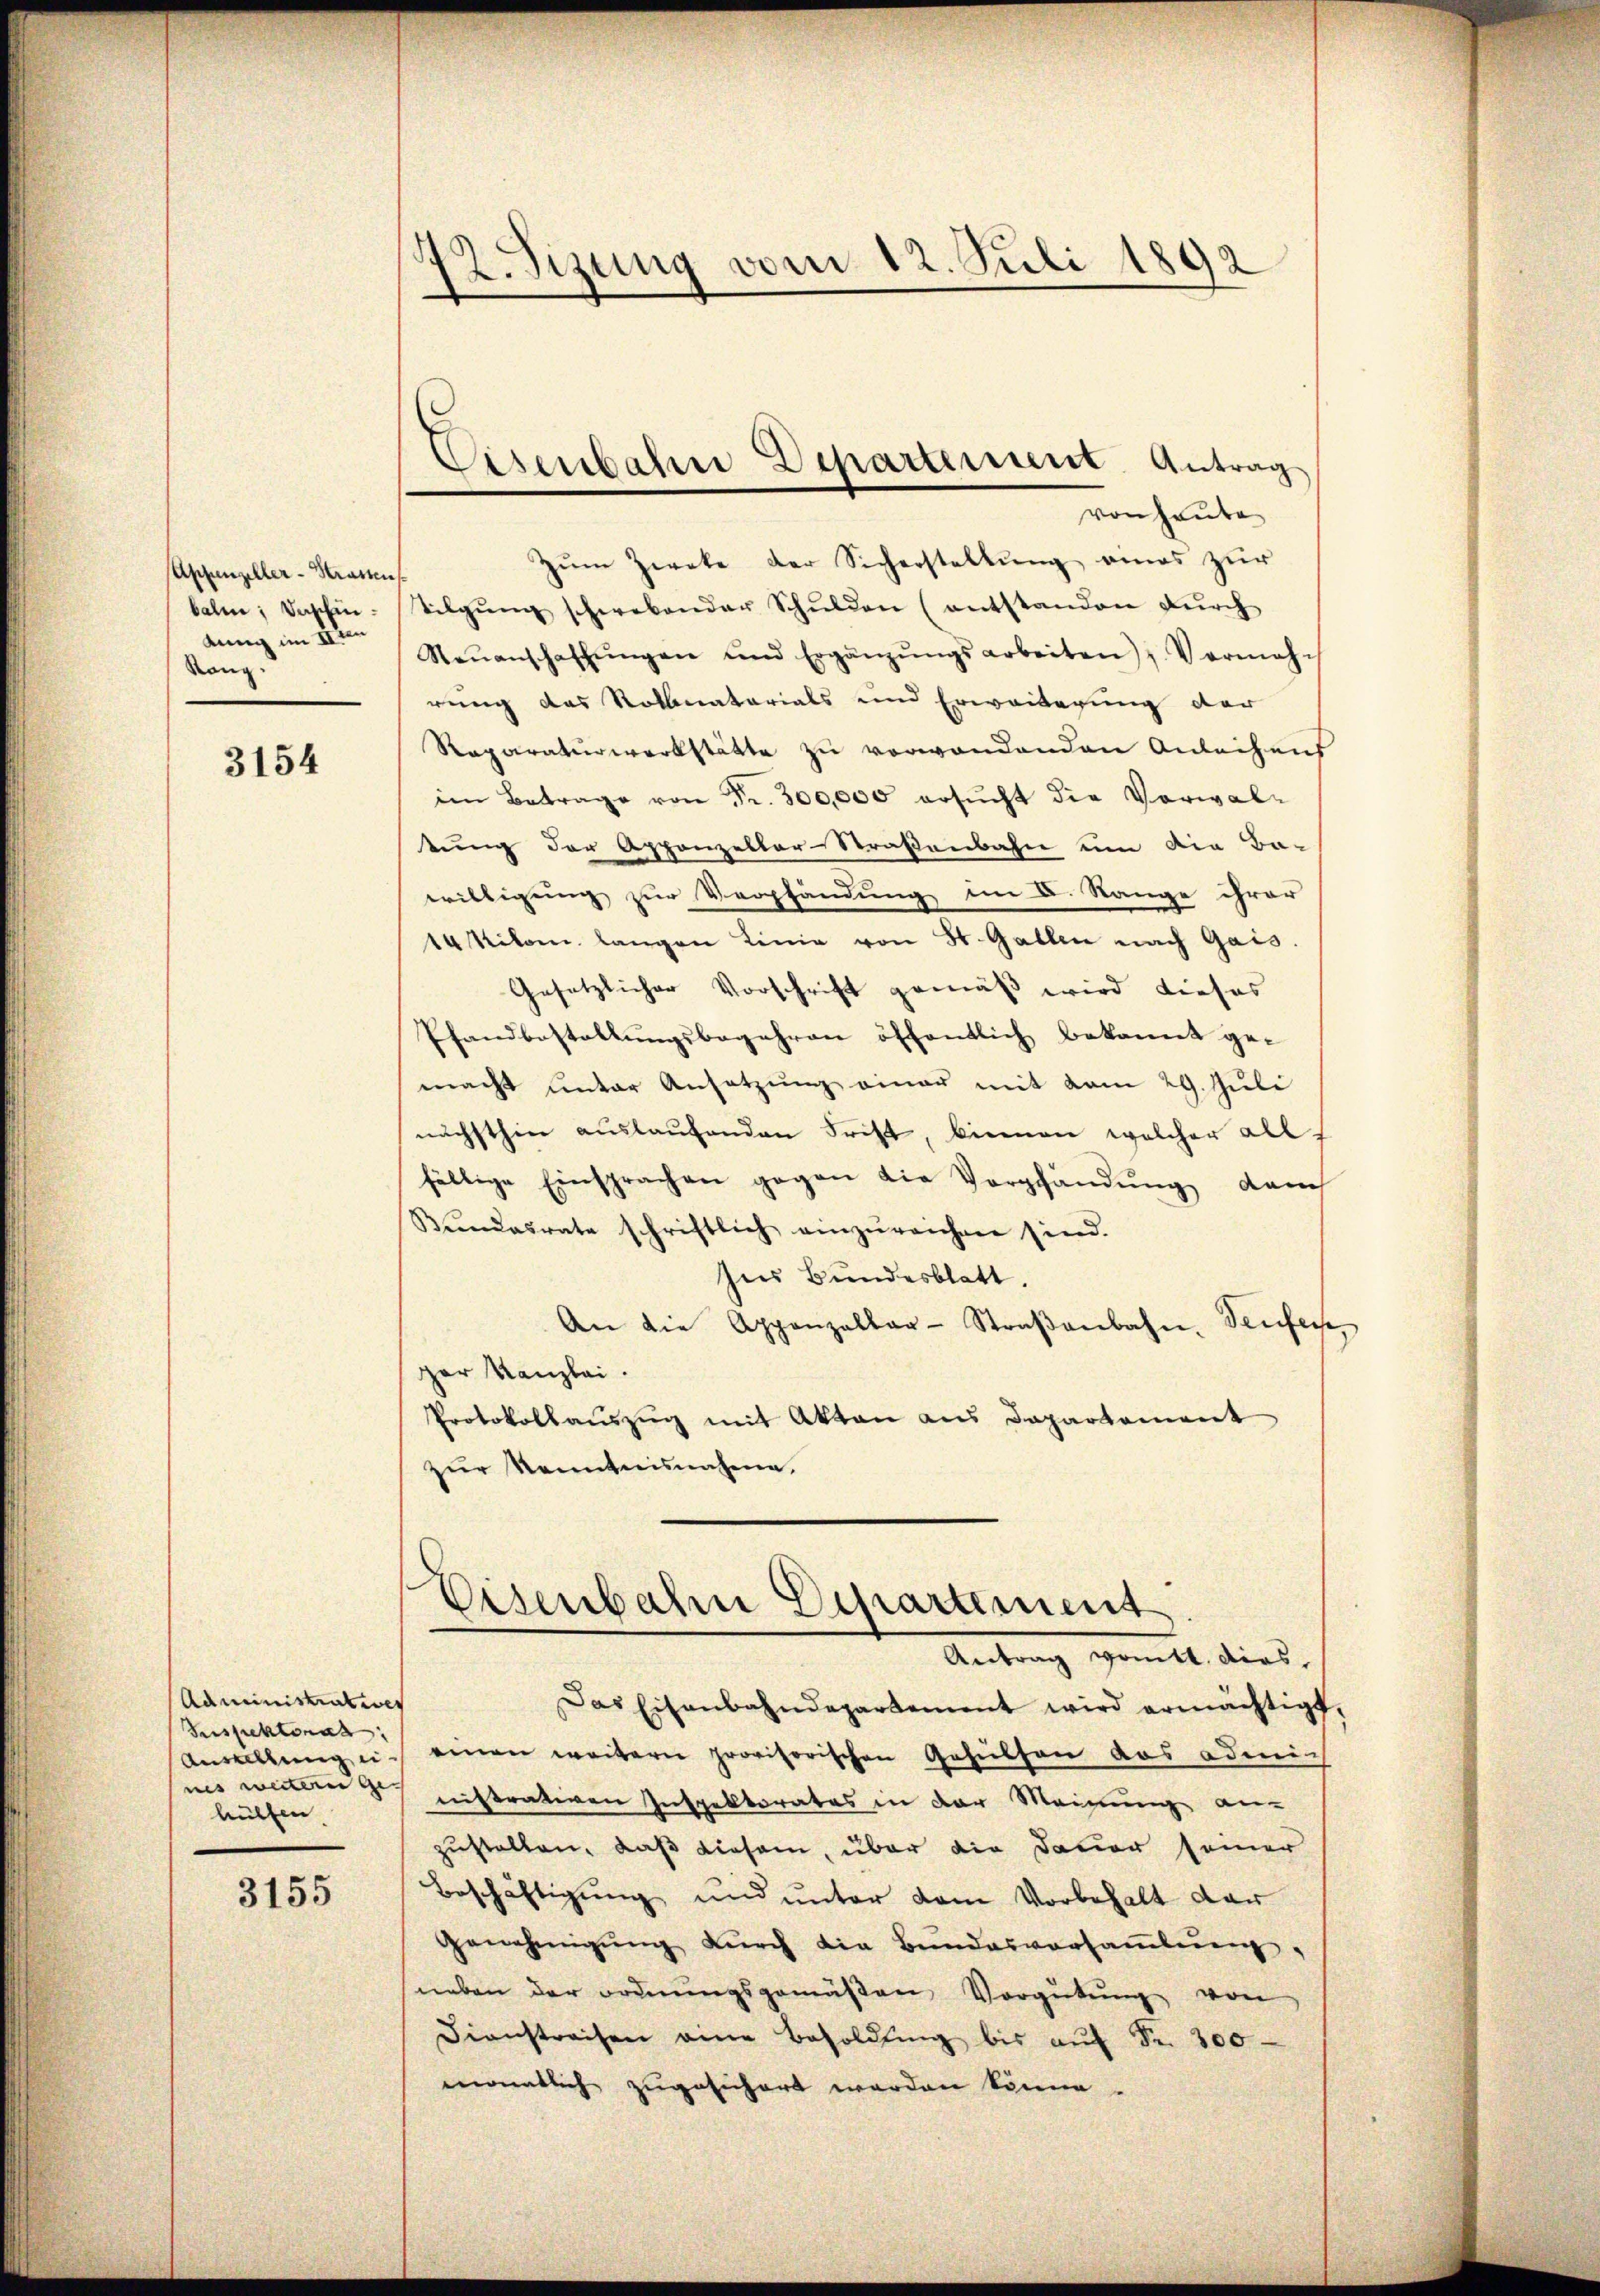
Appenzeller-Strassen
balm; Das hindung im IIten
Rang.

3154

Administratives
Fespektorat
Anstellung ei
nes weiteren Ge-
hülfen

3155

12. Sizung vom 12. Juli 1892

Eisenbahne Departement Antrag

von heute
zŭm Zweke der Sicherstellŭng eines zŭr
tilgŭng schwebender Schŭlden (entstanden dŭrch
Neŭanschaffŭngen und Ergänzŭngsarbeiten Vermahrung das Rollnatarials und Erweiterung der
Reparaturwerkstätte zŭ verwandenden Anleihens
im Betrage von Fr. 300,000 ersŭcht die Vorwal-
tung der Appenzellar-Straßenbahne um die Ba-
willigung zur Verpfändung im C. Range ihrer
14 Kilom langen Linie von St. Gallen nach Gais.
Gesetzlicher Vorschrift gemäß wird dieses
Pfandbestallungsbegehren öffentlich bekannt gemacht unter Ansetzung einer mit vom 29. Juli
nächsthin aŭslaŭfenden Frist, biemen welcher allfällige Einsprachen gegen die Verpfändung danch
Bŭndesrate schriftlich einzŭreichen sind.
Ins Bundesblatt.
An die Appenzellar-Straβenbahn. Teufers,
ger Kanzlei.
Protokollauszug mit Akten aus Departement
zŭr Kenntnisnahme.
Eisenbahre Departement
Antrag vomtt, dies
Das Eisenbahndepartement wird ermächtigt,
einen weitern provisorischen Gehülfen aus admis
nistrativen Inspektorates in der Meinung an-
zustellen, daß diesem, über die Dauer seiner
Beschäftigung und unter dem Vorbehalt dar
Genehmigŭng dŭrch die Bundesversaṁlŭng,
neben der ordnŭngsgemäβen Vergütŭng von
Dienstreifen eine Besoldŭng bis aŭf Fr. 300
monatlich zugesichert werden könne.